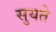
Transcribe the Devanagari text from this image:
सुयते